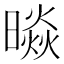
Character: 𭧲